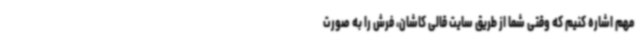
مهم اشاره کنیم که وقتی شما از طریق سایت قالی کاشان، فرش را به صورت